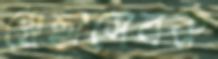
স্বেছাসেবক